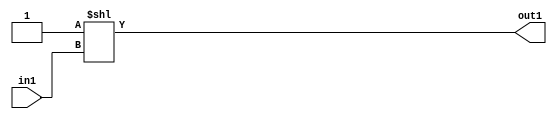
`timescale 1ps / 1ps
/*****************************************************************************
    Verilog RTL Description
    
    
    Created by: Stratus DpOpt 2019.1.01 
*******************************************************************************/

module SobelFilter_DECODE_2U_1_4 (
	in1,
	out1
	); /* architecture "behavioural" */ 
input  in1;
output [1:0] out1;
wire [1:0] asc001;

assign asc001 = 2'B01 << in1;

assign out1 = asc001;
endmodule

/* CADENCE  urbzTA8= : u9/ySgnWtBlWxVPRXgAZ4Og= ** DO NOT EDIT THIS LINE ******/